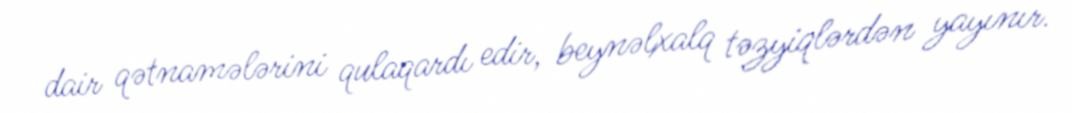
dair qətnamələrini qulaqardı edir, beynəlxalq təzyiqlərdən yayınır.